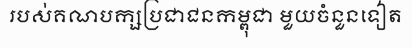
របស់គណបក្សប្រជាជនកម្ពុជា មួយចំនួនទៀត